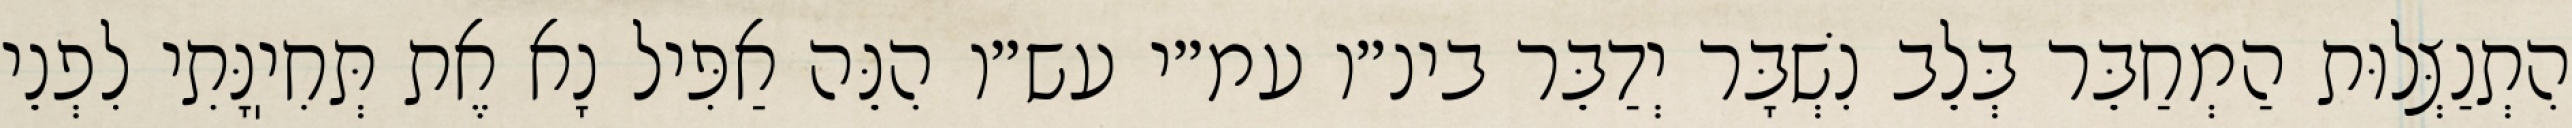
הִתְנַצְּלוּת הַמְחַבֵּר בְּלֵב נִשְׁבָּר יְדַבֵּר בינ״ו עמ״י עש״ו הִנֵּה אַפִּיל נָא אֶת תְּחִיֽנָּתִי לִפְנֵי